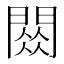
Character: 𫔧